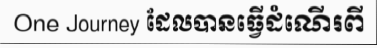
One Journey ដែលបានធ្វើដំណើរពី